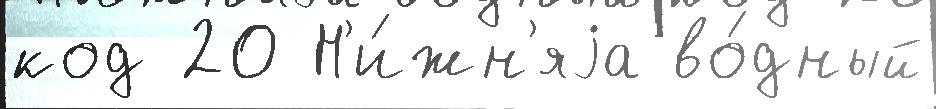
код 20 Н'и́жн'яjа во́дный